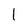
Character: l